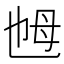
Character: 乸